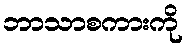
ဘာသာစကားကို